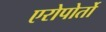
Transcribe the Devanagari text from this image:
एरोपोर्तो